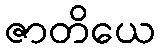
ဇာတိယေ